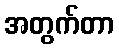
အတွက်တာ